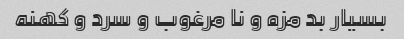
بسیار بد مزه و نا مرغوب و سرد و کهنه